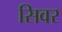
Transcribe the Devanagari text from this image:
सिवर